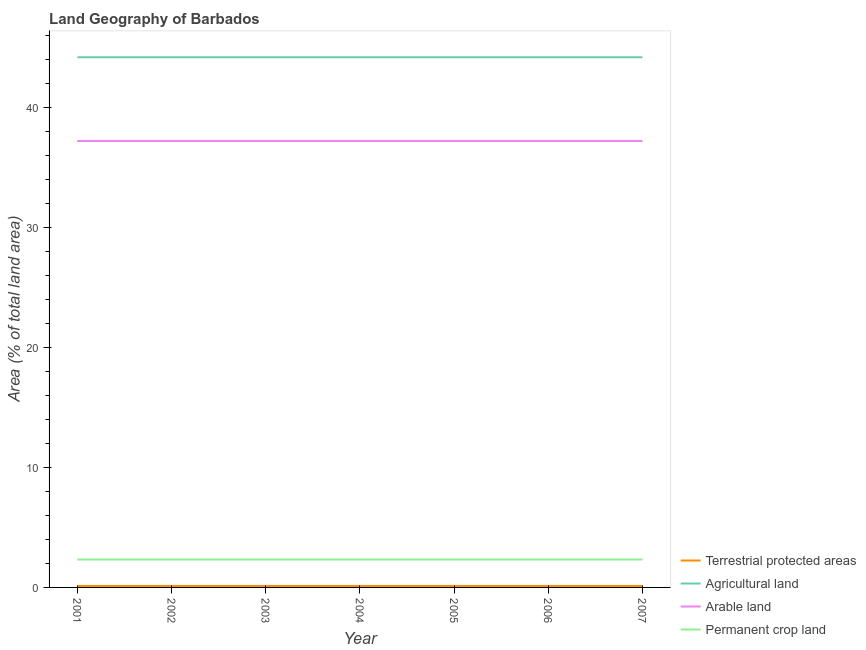
| Year | Terrestrial protected areas | Agricultural land | Arable land | Permanent crop land |
 | --- | --- | --- | --- | --- |
 | 2001 | 0.124 | 44.2 | 37.2 | 2.33 |
 | 2002 | 0.124 | 44.2 | 37.2 | 2.33 |
 | 2003 | 0.124 | 44.2 | 37.2 | 2.33 |
 | 2004 | 0.124 | 44.2 | 37.2 | 2.33 |
 | 2005 | 0.124 | 44.2 | 37.2 | 2.33 |
 | 2006 | 0.124 | 44.2 | 37.2 | 2.33 |
 | 2007 | 0.124 | 44.2 | 37.2 | 2.33 |